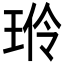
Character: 𬍦